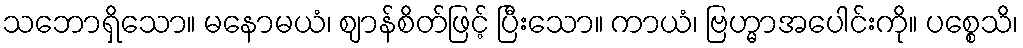
သဘောရှိသော။ မနောမယံ၊ ဈာန်စိတ်ဖြင့် ပြီးသော။ ကာယံ၊ ဗြဟ္မာအပေါင်းကို။ ပစ္စေသိ၊